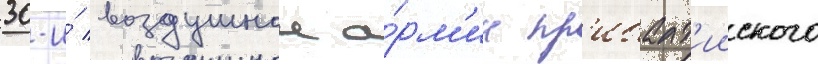
30-и́ воздушнои а́рм'ии пр'ибалт'ииского